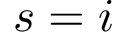
s = i